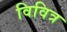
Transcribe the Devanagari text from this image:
विवित्र